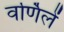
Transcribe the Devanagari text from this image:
वर्णिलें